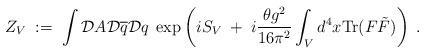
LaTeX: \begin{align*}Z_V \; := \; \int {\cal D}A {\cal D}\overline{q}{\cal D}q \;\exp \left( iS_V \; + \; i\frac{\theta g^2}{16\pi^2}\int_V d^4x \mbox{Tr} (F \tilde{F}) \right) \; .\end{align*}